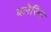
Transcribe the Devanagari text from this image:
बलेरिना